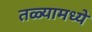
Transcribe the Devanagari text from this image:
तळ्यामध्ये